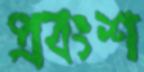
প্রবংশ